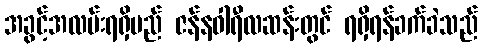
အခွင့်အလမ်းရရှိမည် ဇန်နဝါရီလဆန်းတွင် ရရှိရန်ခက်ခဲသည်